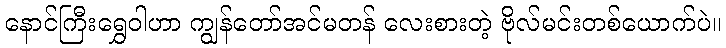
နောင်ကြီးရွှေဝါဟာ ကျွန်တော်အင်မတန် လေးစားတဲ့ ဗိုလ်မင်းတစ်ယောက်ပဲ။